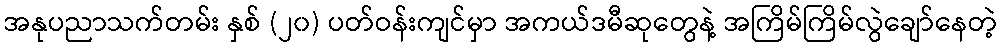
အနုပညာသက်တမ်း နှစ် (၂၀) ပတ်ဝန်းကျင်မှာ အကယ်ဒမီဆုတွေနဲ့ အကြိမ်ကြိမ်လွဲချော်နေတဲ့